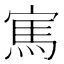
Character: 𱚏